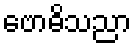
ဗောဓိသညာ